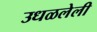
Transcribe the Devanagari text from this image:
उधळलेली